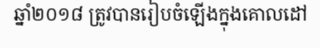
ឆ្នាំ២០១៨ ត្រូវបានរៀបចំឡើងក្នុងគោលដៅ